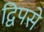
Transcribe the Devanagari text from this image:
द्विपसे